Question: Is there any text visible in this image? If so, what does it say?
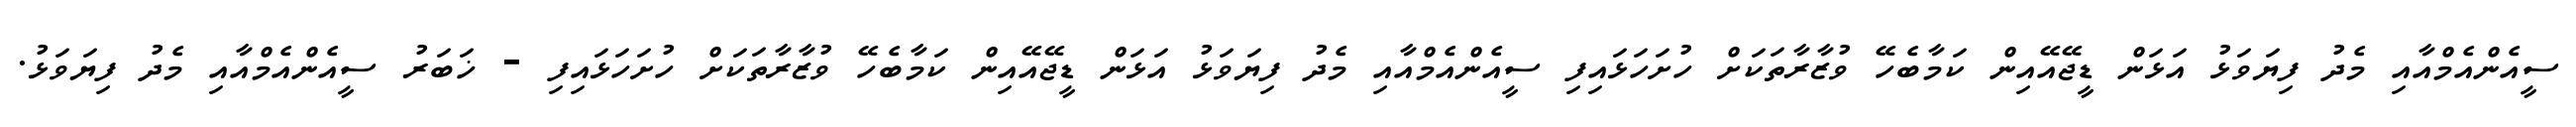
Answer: ސީއެންއެމްއާއި މެދު ފިޔަވަޅު އަޅަން ޑީޖޭއޭއިން ކަމާބެހޭ ވުޒާރާތަކަށް ހުށަހަޅައިފި ސީއެންއެމްއާއި މެދު ފިޔަވަޅު އަޅަން ޑީޖޭއޭއިން ކަމާބެހޭ ވުޒާރާތަކަށް ހުށަހަޅައިފި - ޚަބަރު ސީއެންއެމްއާއި މެދު ފިޔަވަޅު.